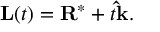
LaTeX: \mathbf { L } ( t ) = \mathbf { R } ^ { * } + t \mathbf { \hat { k } } .